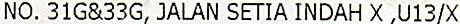
NO. 31G&33G, JALAN SETIA INDAH X ,U13/X